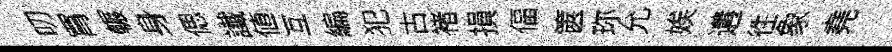
叨罥輾身偲䜟値互編犯古褚損偪篋珎允娭遘徃象堯